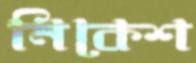
নিকেশ